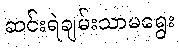
ဆင်းရဲချမ်းသာမရွေး